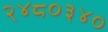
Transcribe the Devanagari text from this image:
२४८०३४०